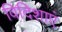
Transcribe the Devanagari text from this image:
विदिशाएं